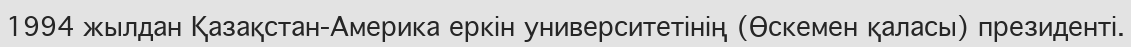
1994 жылдан Қазақстан-Америка еркін университетінің (Өскемен қаласы) президенті.